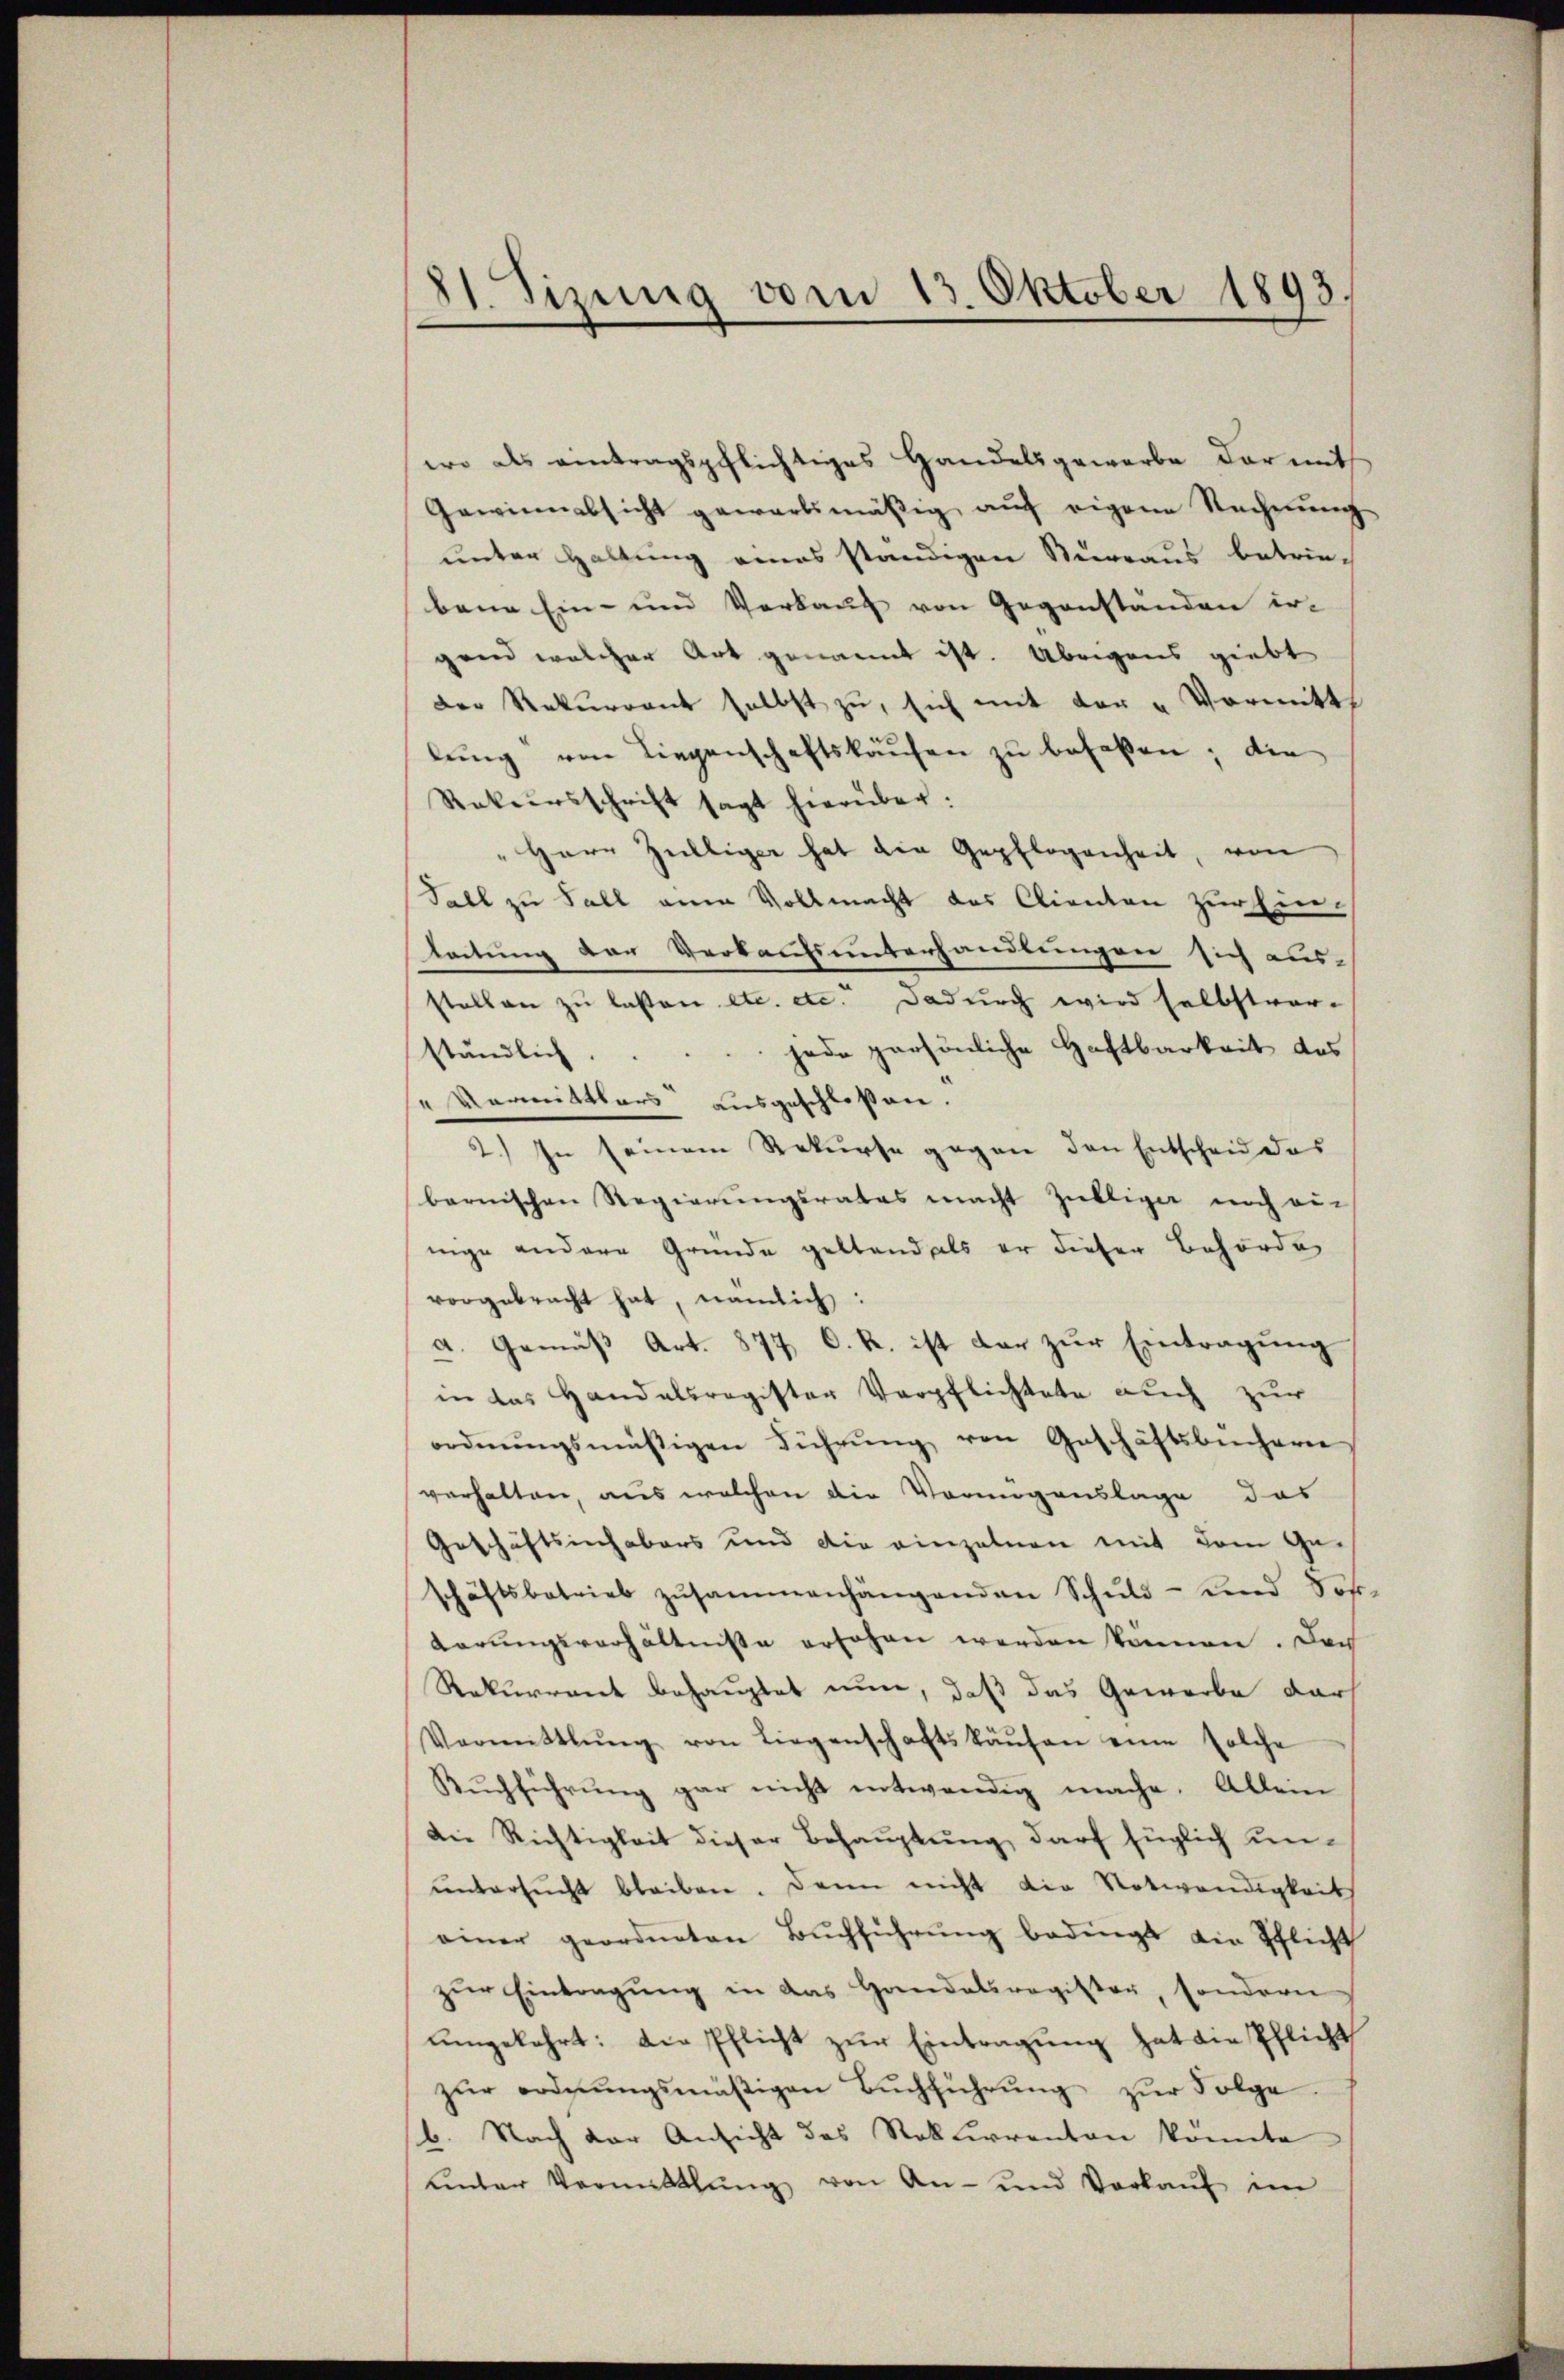
21. Sizung vom 13. Oktober 1893.

wo als eintragspflichtiges Handelsgewarbe der mit
Gewinnabsicht gewartsmäβig aŭf eigene Rechnŭng
unter Haltung eines ständigen Surraus betrie-
bene Ein- und Verkauf von Gegenständen ir-
gand welcher Art genannt ist. Übrigens giebt
Der Rekurrent selbst zu, sich mit der „Vormitt
lŭng von Liegenschaftskaŭfen zu befaßen; die
Rekursschrift sagt hierüber.
Herr Zilliger hat die Gepflogenheit, von
Fall zu Fall anen Vollmacht des Clienten zur Einleitung der Verkaufsunterhandlungen sich aus-
stellen zu lassen etc. etc. dadurch wird selbstver-
ständlich.  .. .. jede persönliche Haftbarkeit des
" Vermittlers ausgeschloßen.
2.) In seinem Rekurse gegen den Entscheid das
barnischen Regierŭngsrates macht Zilliger noch ein
nige andere Grunde gestand als er dieser Behörde,
vorgebracht hat, nämlich:
a. Gemäß Art. 877 C. R. ist dar zur Eintragung
in das Handelsregister Verpflichtete auch zur
ordnŭngsmäßigen Führŭng von Geschäftsbücherei
verhalten, aus welchen die Vormigenslage das
Geschäftsinhabers und die einzelnen mit dem Geschäftsbetrieb zusammenhängenden Schŭld- und Soh¬
Karungsverhältnisse ersehen werden können. Der
Rekurrent behauptet nun, daß das Gewerbe dar
Vermittlung von Liegenschaftskäŭfen eine solche
Rŭchführung gar nicht entwendig mache. Allein
Die Richtigkeit dieser Behauptung, darf füglich unŭntersŭcht bleiben. Dann nicht die Notwendigkeit
einer geordneten Bŭchführŭng bedingt die Pflicht
zŭr Eintragung in das Handelsregister, sondern
ŭmgekehrt: die Pflicht zŭr Eintragung hat die Pflicht
zŭr ordnŭngsmäβigen Bŭchführŭng zŭr Folge.
b. Nach der Ansicht des Rekurrenten könnte
ŭnter Vermittlung von An- und Verkaŭf im